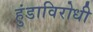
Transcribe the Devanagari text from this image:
हुंडाविरोधी